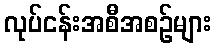
လုပ်ငန်းအစီအစဉ်များ